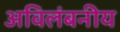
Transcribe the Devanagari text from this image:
अविलंबनीय